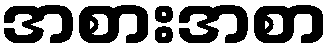
အစားအစာ